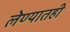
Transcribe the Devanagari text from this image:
लेण्यातही